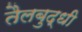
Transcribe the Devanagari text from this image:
तैलबुद्धी